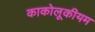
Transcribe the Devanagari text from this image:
काकोलूकीयम